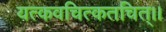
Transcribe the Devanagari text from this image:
यत्कवचित्कतचित्।।